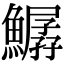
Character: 𩻣